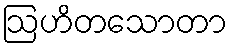
ဩဟိတသောတာ